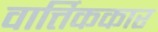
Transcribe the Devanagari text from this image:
वार्त्तिककार